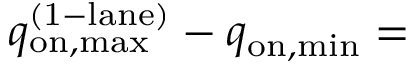
q _ { \mathrm { o n , m a x } } ^ { \mathrm { ( 1 - l a n e ) } } - q _ { \mathrm { o n , m i n } } =